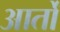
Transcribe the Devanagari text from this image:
आर्तों